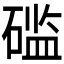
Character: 𰧔